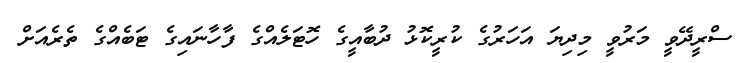
ސްރީދޭވީ މަރުވީ މިދިޔަ އަހަރުގެ ކުރީކޮޅު ދުބާއީގެ ހޮޓަލެއްގެ ފާހާނައިގެ ޓަބެއްގެ ތެރެއަށް